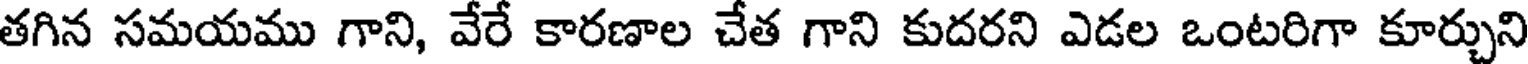
తగిన సమయము గాని, వేరే కారణాల చేత గాని కుదరని ఎడల ఒంటరిగా కూర్చుని